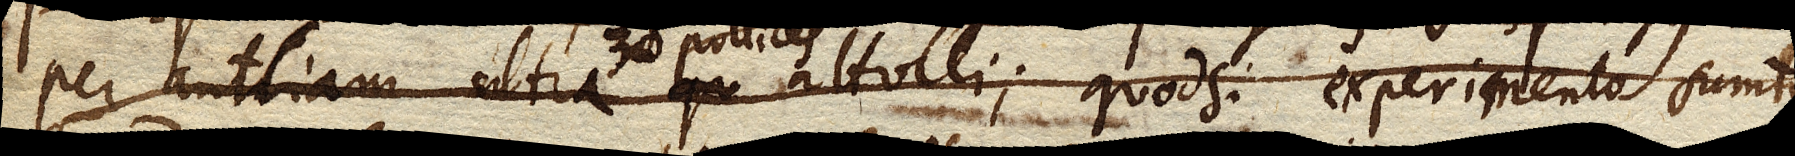
per antliam ultra 30. pollices attolli; quod si experimento sumto